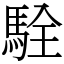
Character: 駩